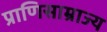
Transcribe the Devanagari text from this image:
प्राणिसाम्राज्य